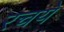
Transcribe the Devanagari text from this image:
रचये